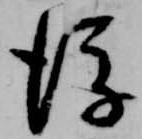
後